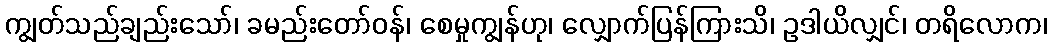
ကျွတ်သည်ချည်းသော်၊ ခမည်းတော်ဝန်၊ စေမှုကျွန်ဟု၊ လျှောက်ပြန်ကြားသိ၊ ဥဒါယိလျှင်၊ တရိလောက၊